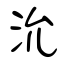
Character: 沇